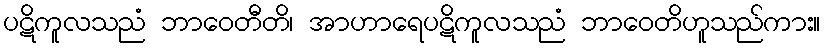
ပဋိကူလသညံ ဘာဝေတီတိ၊ အာဟာရေပဋိကူလသညံ ဘာဝေတိဟူသည်ကား။